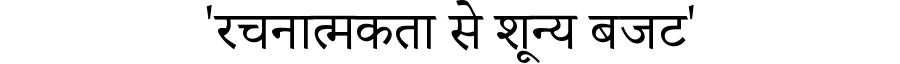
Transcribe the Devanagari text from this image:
'रचनात्मकता से शून्य बजट'